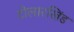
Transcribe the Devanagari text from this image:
टोलारखिंड